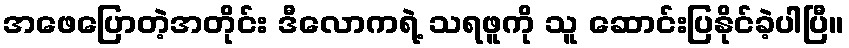
အဖေပြောတဲ့အတိုင်း ဒီလောကရဲ့ သရဖူကို သူ ဆောင်းပြနိုင်ခဲ့ပါပြီ။